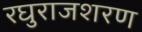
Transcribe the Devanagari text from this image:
रघुराजशरण